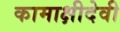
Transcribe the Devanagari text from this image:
कामाक्षीदेवी